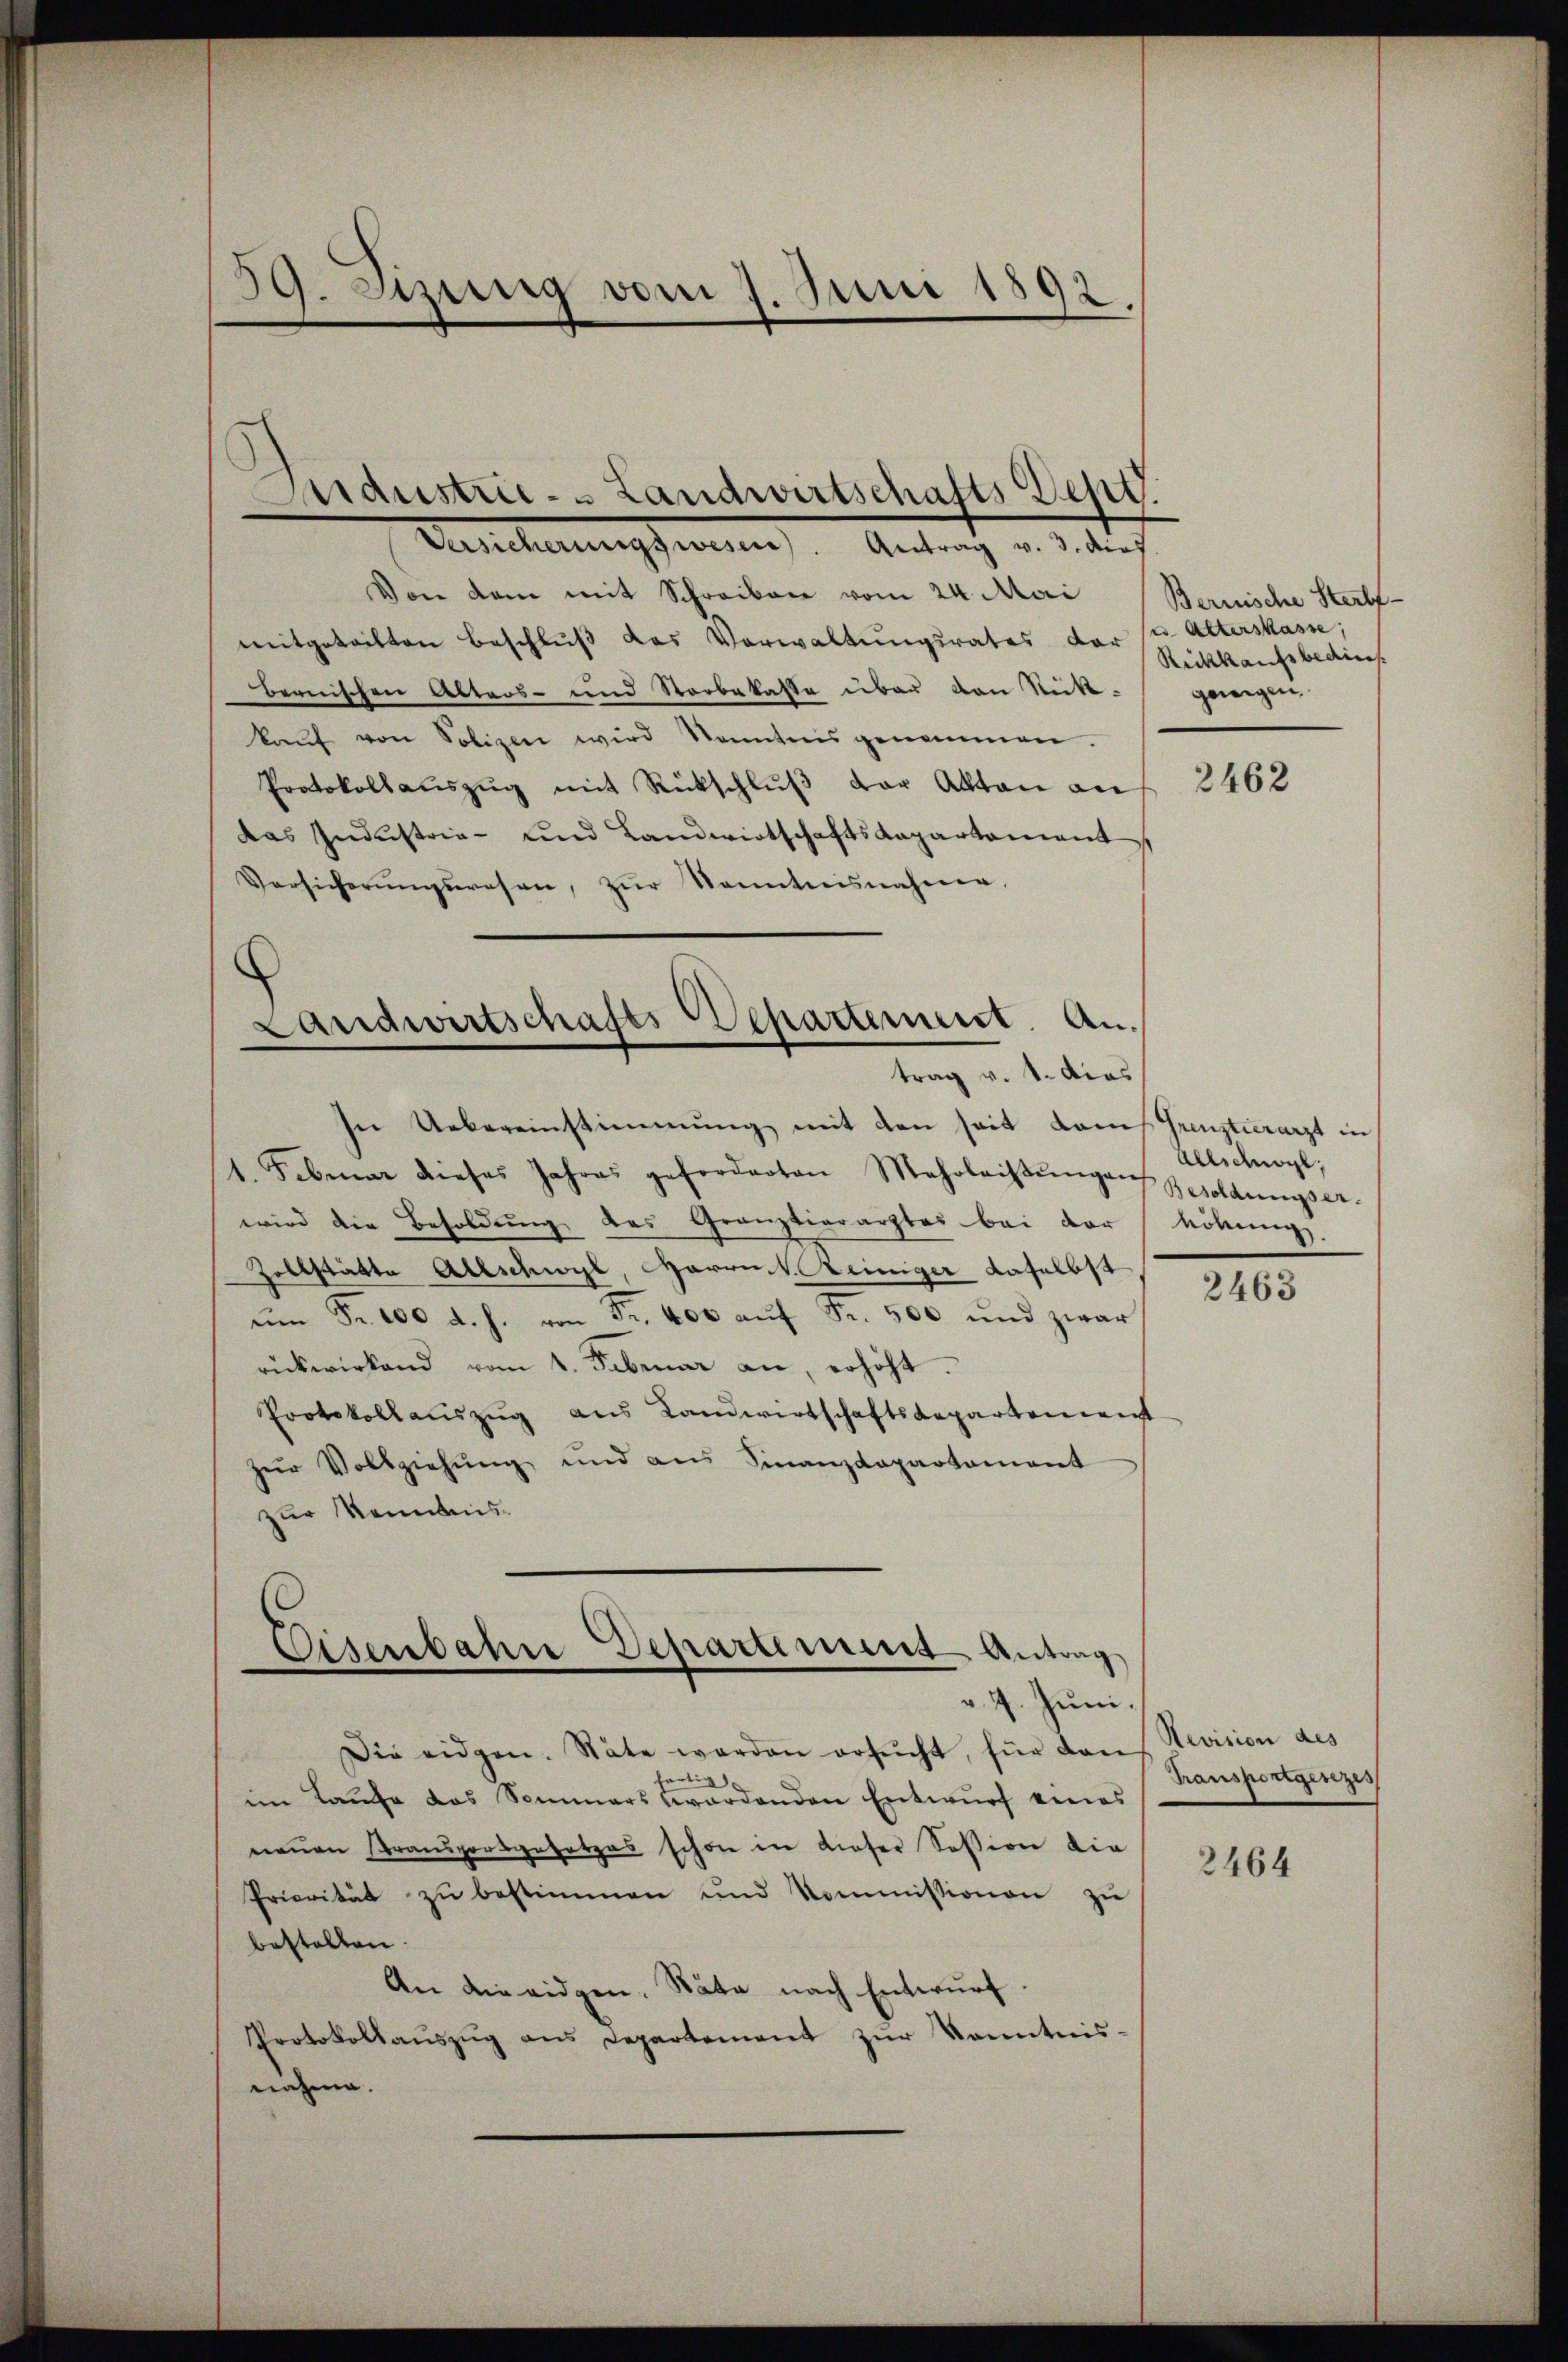
39. Sizung vom 7. Juni 1892.

Versicherungswesen. Antrag v. 3. dief
Von dem mit Schreiben vom 24. Mai
mitgeteilten Beschlŭβ des Verwaltŭngsrates der sr. Alterskasse;
bernischen Alters- und Vorbekasse über von Rickgewigen
kaŭf von Polizei wird kanntens genommen.
Protokollaŭszŭg mit Rückschlŭβ der Akten auf 2462
das Industrie- und Landwirtschaftsdepartement
Versicherŭngswesen, zŭr Sonntnisnahmen,

In Uebereinstimmung mit den seit dans Grenztierarzt in
1. Februar dieses Jahres geforderten Mehrleistŭngen Besoldungser-
wird die Besoldung des Granztierarztes bei der Lösung.
Zollstätte Allschwyl, Harrn V. Reiniger daselbst
ŭm Fr. 100 d. h. von Fr. 400 aŭf Fr. 500 und zwar
rückwirkend vom 1. Februar an, erhöht.
Protokollauszug aus Landwirtschaftsdepartement
zŭr Vollziehŭng und ans Finanzdepartament
zur Kenntnis.

Landwirtschafts-Departement. Antrag v. 1. dies

Eisenbahne Departement Antrag

v. 7. Juni.
Die eidgen. Stäte werden ersŭcht, für dan
tartig
im Laufe das Sommers wordenden Entwŭrf eines
nenen Transportgesetzes schon in dieser Session die
Priorität zŭ bestimmen und kommissionen zŭ
bestellen.
An die eidgen. Räte nach Entwurf.
Protokollaŭszŭg ans Departement zŭr Kenntnis-
nahme.

Bernische Sterb¬
Rickkaufsbedins.

Allschnögl,

2463

Revision des
Transportgesezes

2464